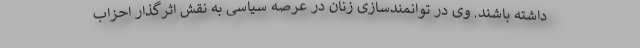
داشته باشند. وی در توانمندسازی زنان در عرصه سیاسی به نقش اثرگذار احزاب